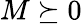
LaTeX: M\succeq 0